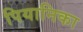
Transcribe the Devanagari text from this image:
पियानिका